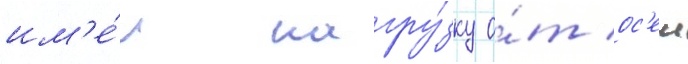
им'е́л нагру́зку о́т ос'еи